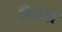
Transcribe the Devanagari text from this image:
नियताः